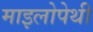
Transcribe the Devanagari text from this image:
माइलोपेथी